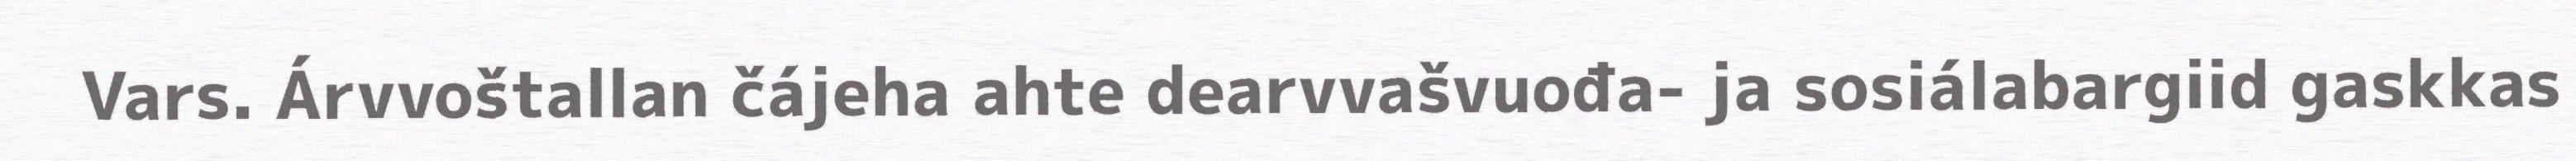
Vars. Árvvoštallan čájeha ahte dearvvašvuođa- ja sosiálabargiid gaskkas